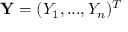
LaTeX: \mathbf { Y } = ( Y _ { 1 } , . . . , Y _ { n } ) ^ { T }